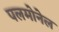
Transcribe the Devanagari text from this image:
पलमोनेल